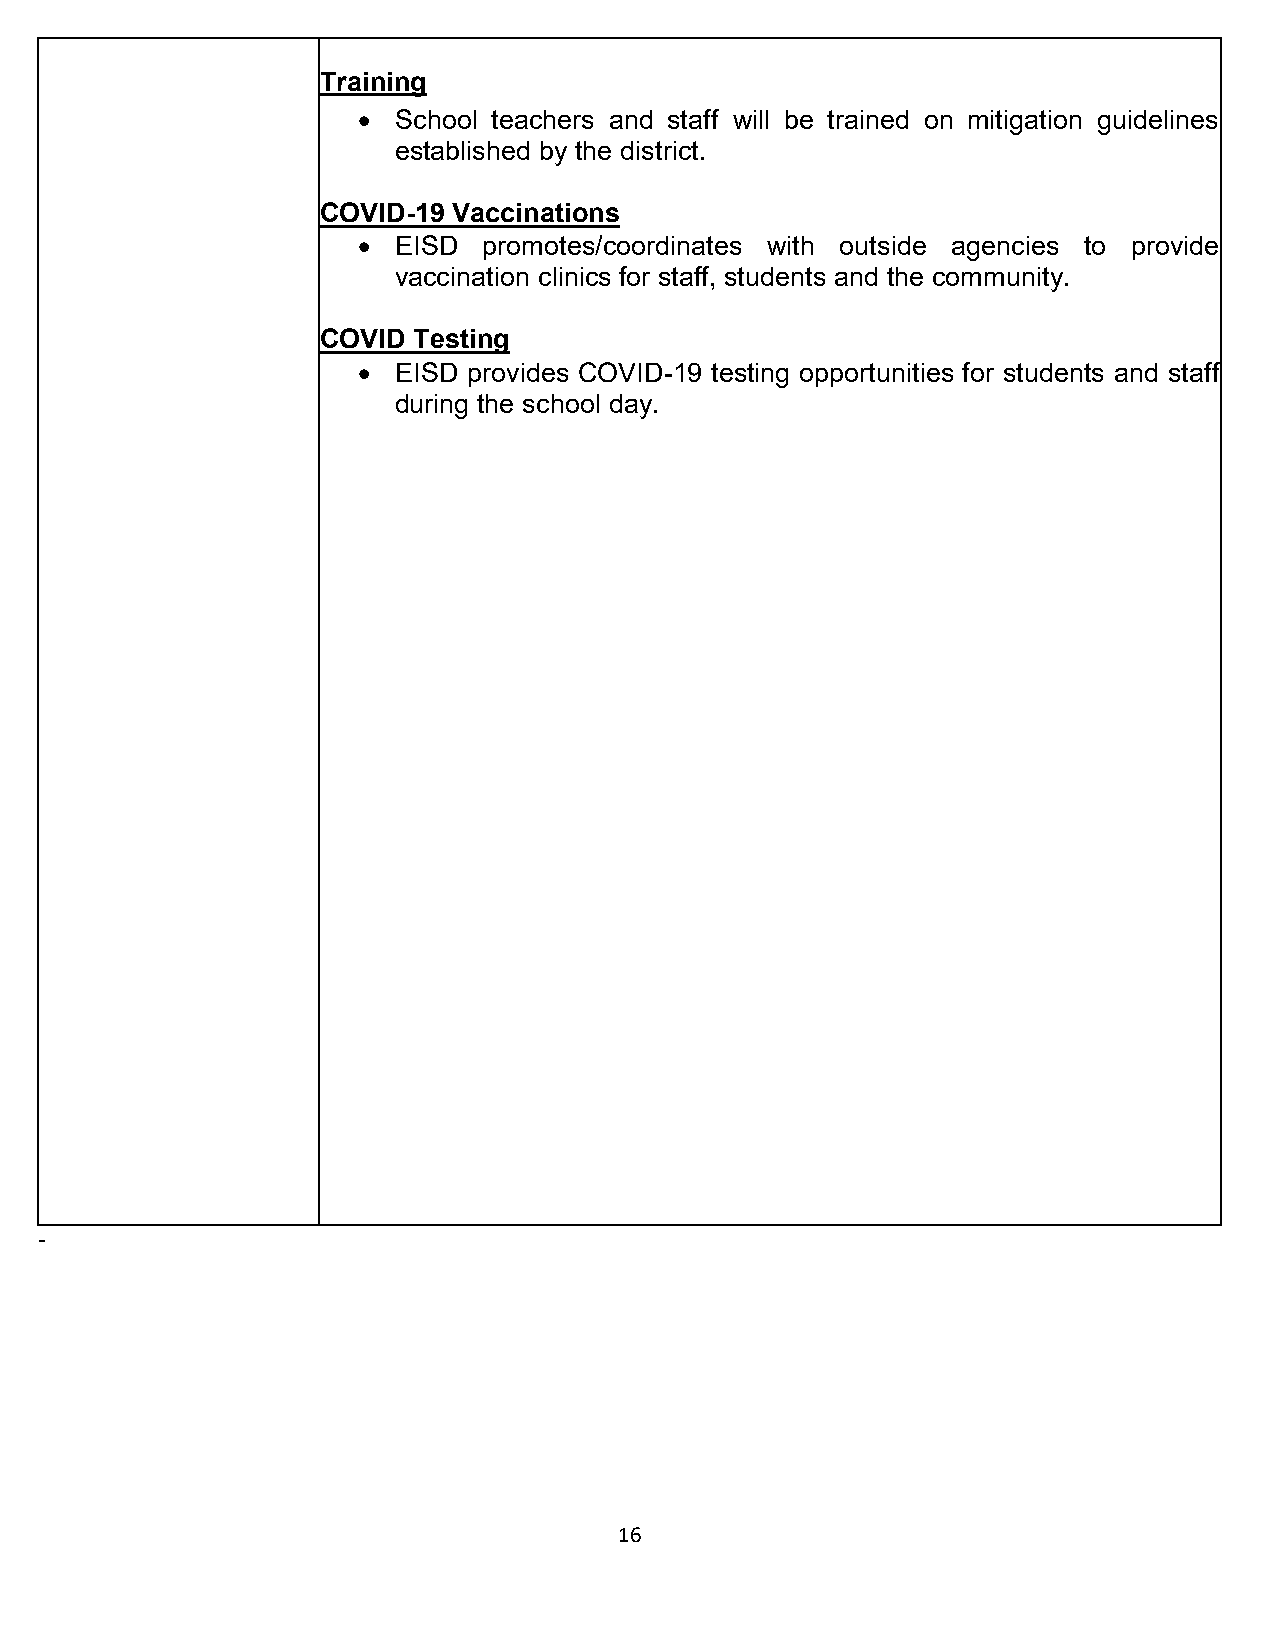
Training
 • School teachers and staff will be trained on mitigation guidelines
 established by the district.
 COVID-19 Vaccinations
 • EISD  promotes/coordinates with outside agencies to provide
 vaccination clinics for staff, students and the community.
 COVID Testing
 • EISD provides COVID-19 testing opportunities for students and staff
 during the school day.
 -
 16